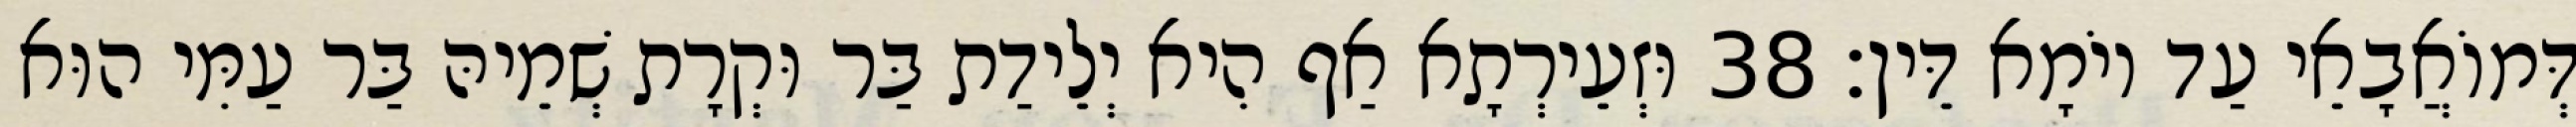
דְּמוֹאֲבָאֵי עַד יוֹמָא דֵּין׃ 38 וּזְעֵירְתָא אַף הִיא יְלֵידַת בַּר וּקְרָת שְׁמֵיהּ בַּר עַמִּי הוּא